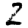
Digit: 2